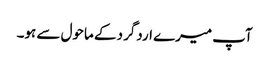
آپ میرے اردگرد کے ماحول سے ہو۔